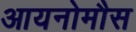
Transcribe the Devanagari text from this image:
आयनोमौस